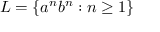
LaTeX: L = \{ a ^ { n } b ^ { n } : n \geq 1 \}